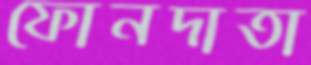
ফোনদাতা